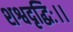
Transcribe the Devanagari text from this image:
शश्वदृद्धिः।।